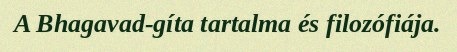
A Bhagavad-gíta tartalma és filozófiája.